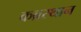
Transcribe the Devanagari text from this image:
कब्रस्थान